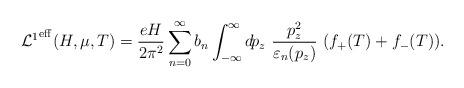
LaTeX: \begin{align*}{{\cal L}^1}^{\rm eff}(H,\mu,T)= \frac{eH}{2\pi^2} \sum_{n=0}^\infty b_n \int_{-\infty}^\infty d\! p_{z}{}~\frac{p_{z}^2}{\varepsilon_n(p_{z})} ~(f_+(T) + f_-(T)). \end{align*}